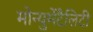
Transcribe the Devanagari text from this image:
मोन्युमेंटैलिटी